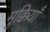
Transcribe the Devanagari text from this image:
मुक्कियाँ